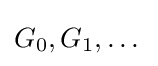
G_{0},G_{1},\dots